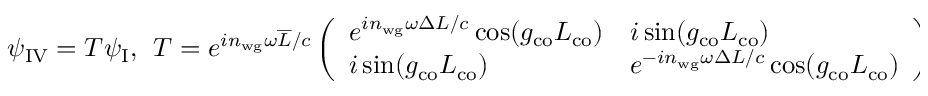
\psi _ { \mathrm { I V } } = T \psi _ { \mathrm { I } } , \ \ T = e ^ { i n _ { \mathrm { w g } } \omega \overline { { L } } / c } \left( \begin{array} { l l } { e ^ { i n _ { \mathrm { w g } } \omega \Delta L / c } \cos ( g _ { \mathrm { c o } } L _ { \mathrm { c o } } ) } & { i \sin ( g _ { \mathrm { c o } } L _ { \mathrm { c o } } ) } \\ { i \sin ( g _ { \mathrm { c o } } L _ { \mathrm { c o } } ) } & { e ^ { - i n _ { \mathrm { w g } } \omega \Delta L / c } \cos ( g _ { \mathrm { c o } } L _ { \mathrm { c o } } ) } \end{array} \right)